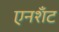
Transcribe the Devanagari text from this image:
एनशॅंट